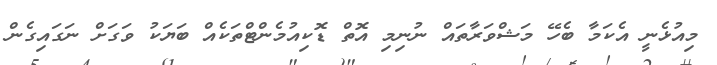
މިއުޅެނީ އެކަމާ ބެހޭ މަޝްވަރާތައް ނުނިމި އޮތް ޑޮކިއުމެންޓްތަކެއް ބަޔަކު ވަގަށް ނަގައިގެން